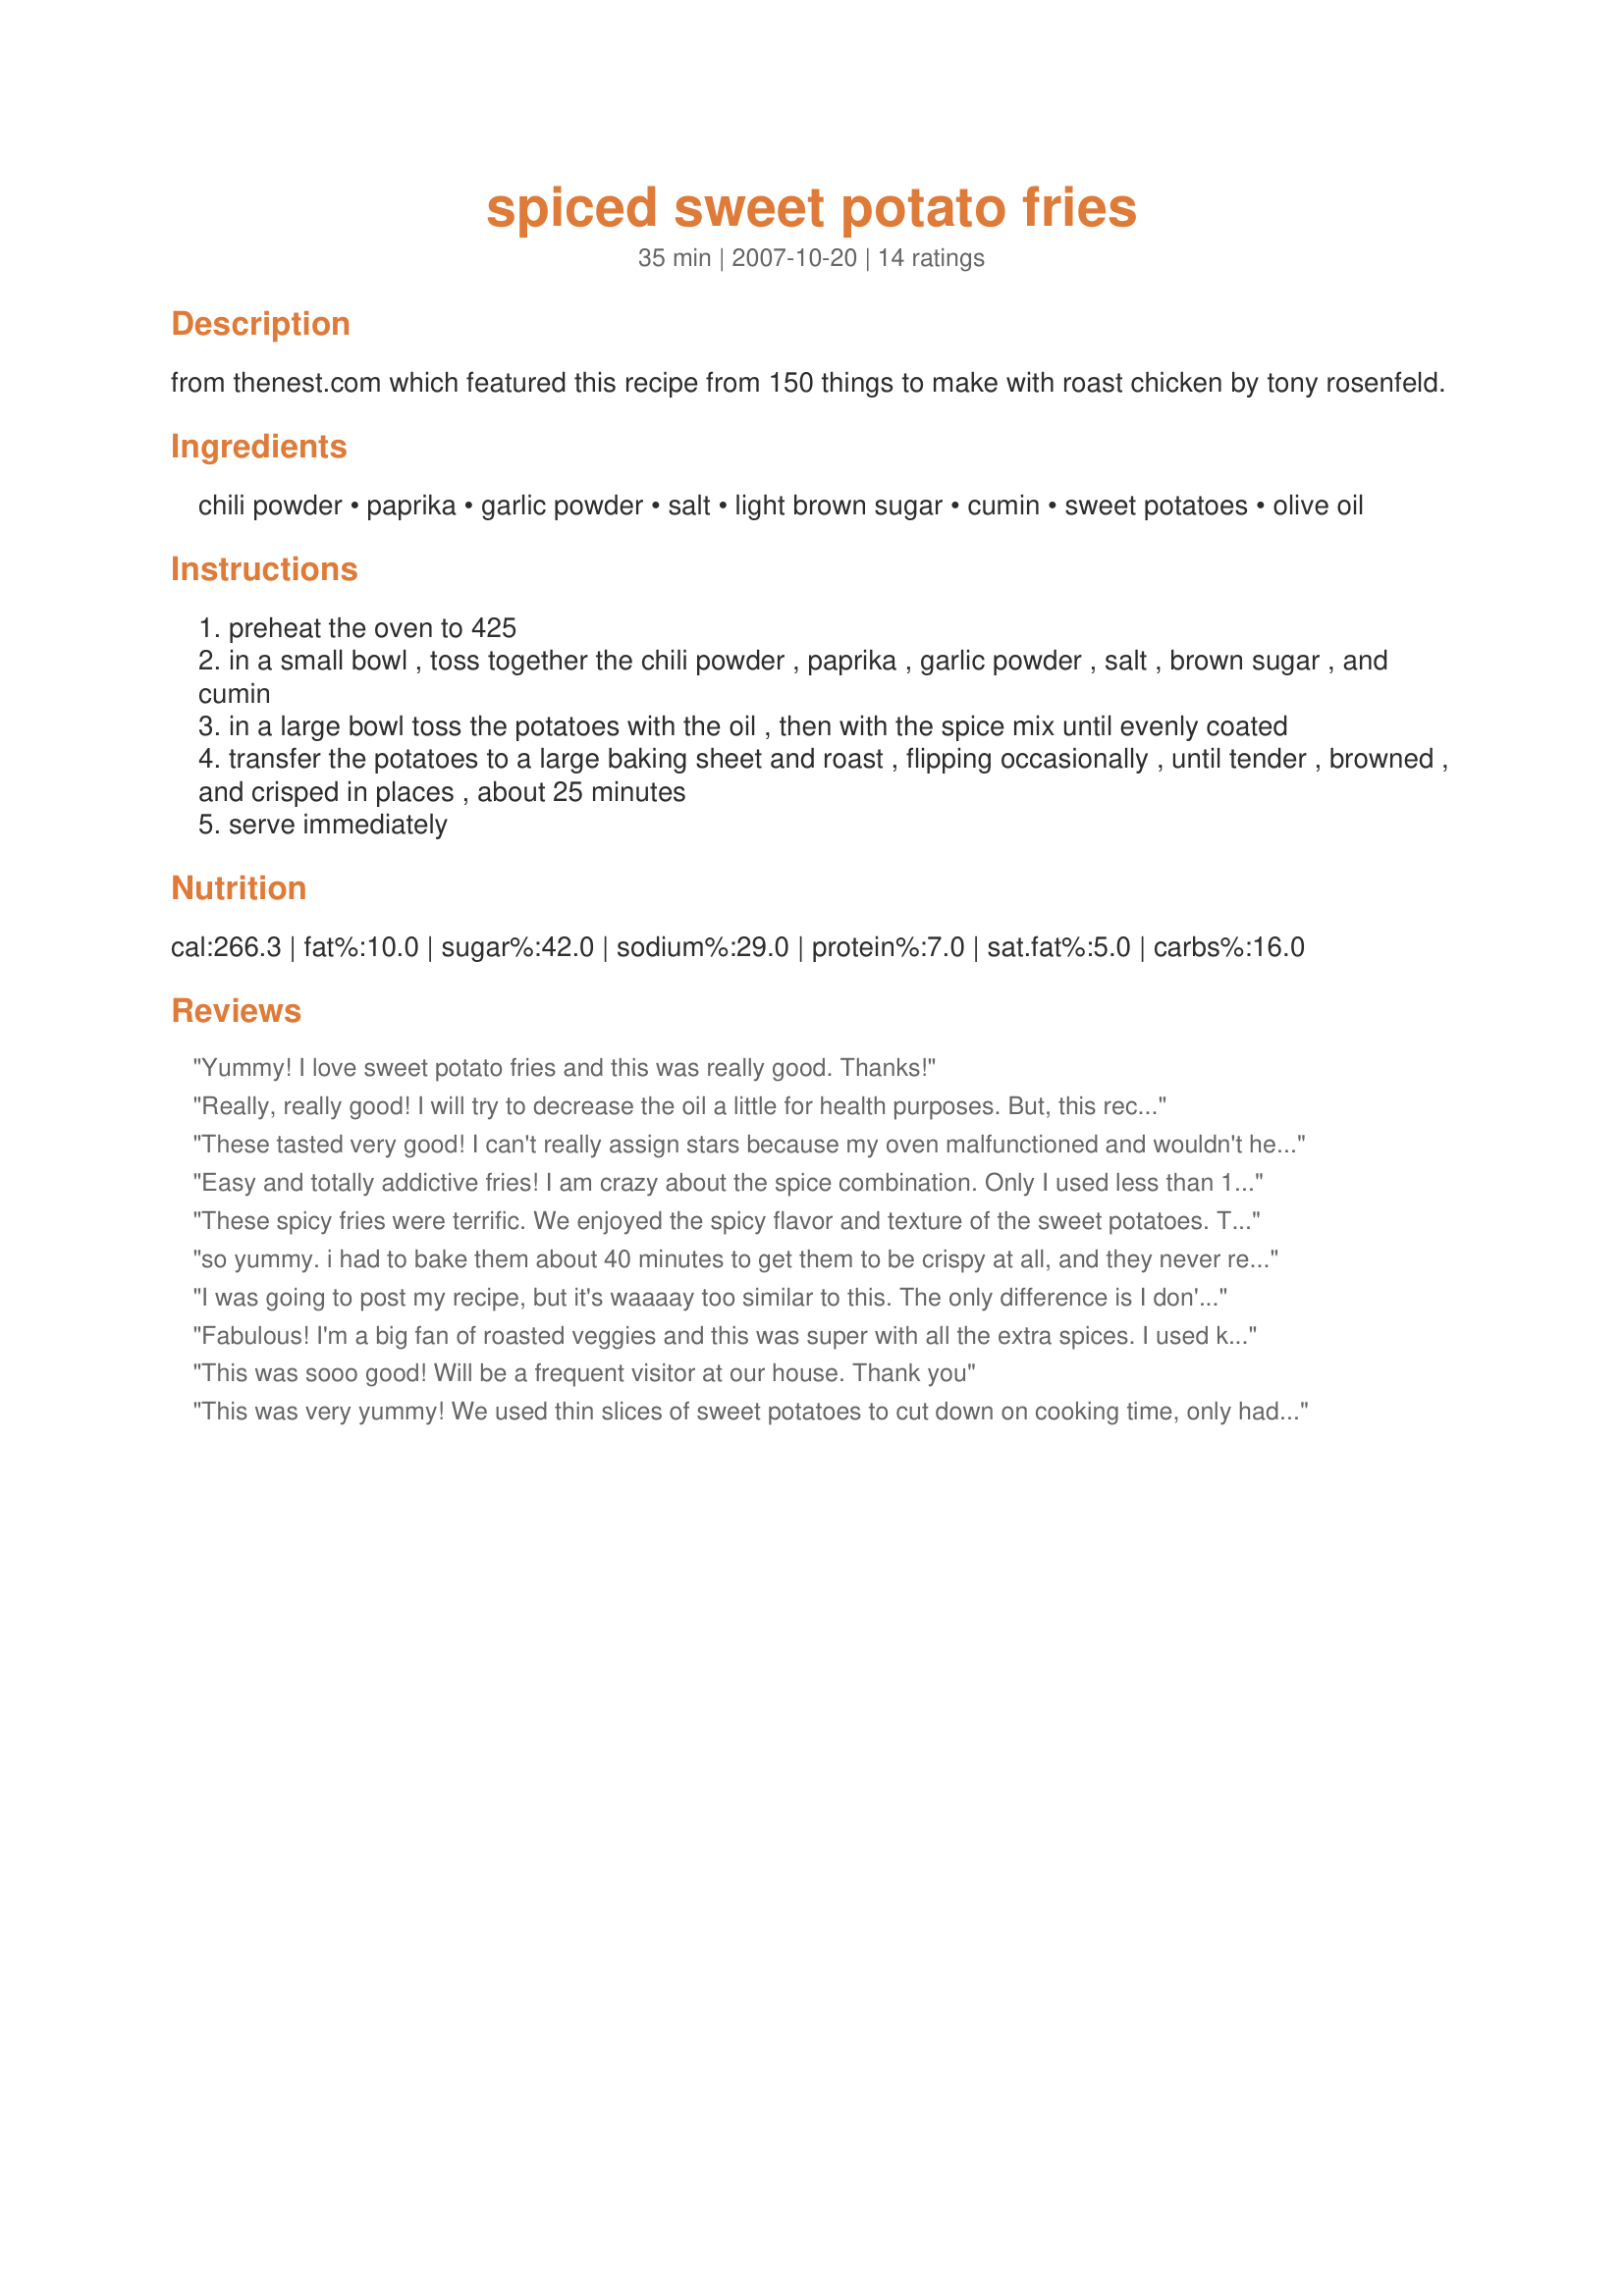
spiced sweet potato fries
Preparation time: 35 minutes

from thenest.com which featured this recipe from 150 things to make with roast chicken by tony rosenfeld.

Ingredients:
chili powder, paprika, garlic powder, salt, light brown sugar, cumin, sweet potatoes, olive oil

Steps:
preheat the oven to 425
in a small bowl , toss together the chili powder , paprika , garlic powder , salt , brown sugar , and cumin
in a large bowl toss the potatoes with the oil , then with the spice mix until evenly coated
transfer the potatoes to a large baking sheet and roast , flipping occasionally , until tender , browned , and crisped in places , about 25 minutes
serve immediately

Reviews:
Yummy! I love sweet potato fries and this was really good. Thanks!
Really, really good! I will try to decrease the oil a little for health purposes. But, this recipe is perfect otherwise.
These tasted very good! I can't really assign stars because my oven malfunctioned and wouldn't heat over 350 degrees so my dish was made as directed...I think I need a new thermostat. So they were soft and not crispy due to my oven malfunction. But they tasted great!
Easy and totally addictive fries! I am crazy about the spice combination. Only I used less than 1/2 tsp salt, which was perfect. My fries were just lightly browned and creamy-soft inside. Will definitely make these again.
These spicy fries were terrific. We enjoyed the spicy flavor and texture of the sweet potatoes. They were crisp and carmelized on the outside, tender and creamy on the inside. The spices were lovely, a great combination. Thanks for sharing your recipe.
so yummy. i had to bake them about 40 minutes to get them to be crispy at all, and they never really did become "fries" but they were good :-)
I was going to post my recipe, but it's waaaay too similar to this. The only difference is I don't add brown sugar. We also cut the potatoes really thin so they cook faster. This is a staple in our house.
Fabulous! I'm a big fan of roasted veggies and this was super with all the extra spices. I used kosher salt rather than regular. Served with Recipe #8782 which uses many of the same spices, this was a wonderful, healthy side dish. We'll enjoy this often. Thanks Bella!
This was sooo good! Will be a frequent visitor at our house.
Thank you
This was very yummy! We used thin slices of sweet potatoes to cut down on cooking time, only had to bake about 15 min. A nice variation instead of the same old way. Thanks.
Very good side dish. I halved the salt and left out the brown sugar since sweet potatoes are so sweet naturally. The spice combination is nice, and very subtle. Thanks for posting this!
These were great! I made them for my boyfriends family and they loved them and they all wanted the recipe.
Made as posted and really enjoyed. Easy, quick and delicious.
Delicious! We aren't big fan of regular potato fries but absolutely love this version of sweet potato fries. Only 1 smal change... our chili powder is homemade & heavy on the cayenne so I cut if back abit for the potatoes. Great combination of flavours and easy to prepare, I even made them on the bbcue once, thanks for sharing.
